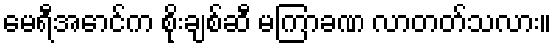
မေရီအောင်က စိုးချစ်ဆီ မကြာခဏ လာတတ်သလား။